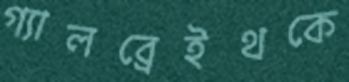
গ্যালব্রেইথকে